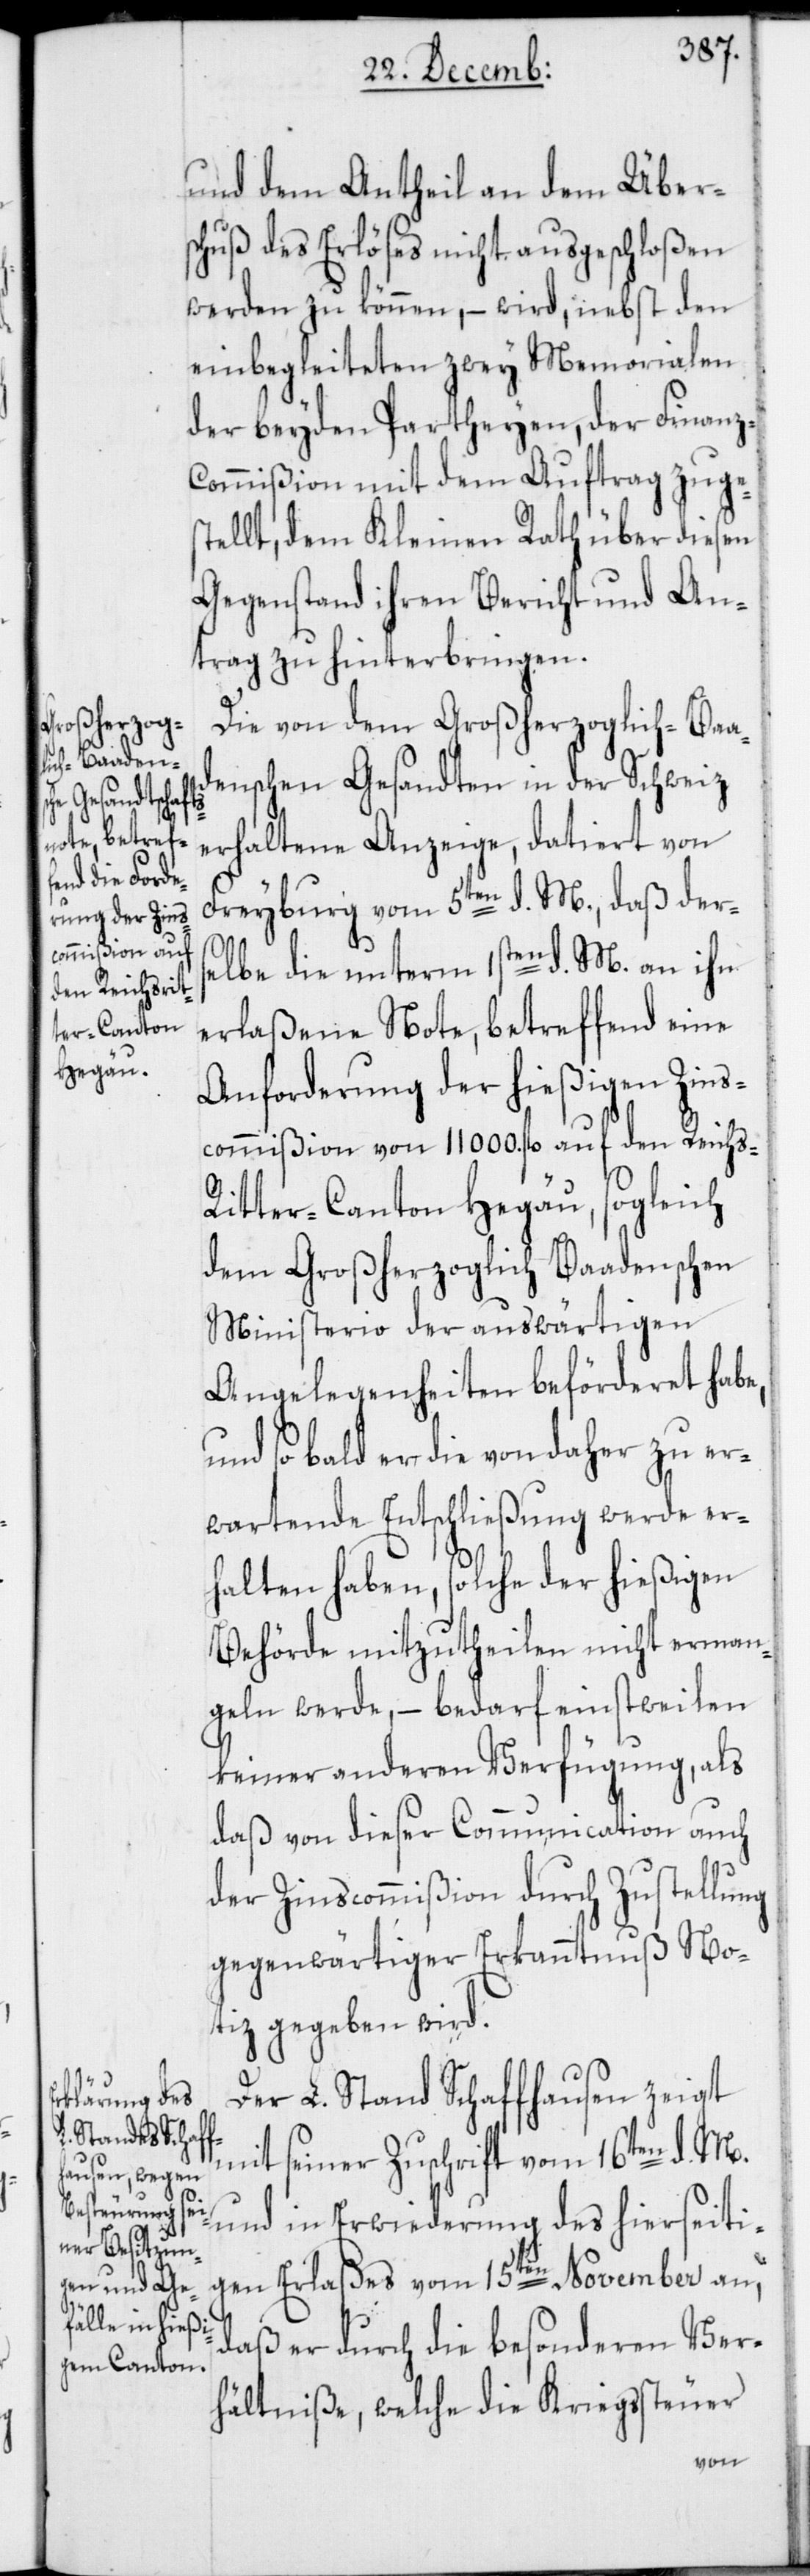
st¬
s-R¬

und dem Antheil an dem Übers¬
chuß des Erlöses nicht ausgeschloßen
werden zu können, – wird, nebst den
einbegleiteten zwey Memorialen
der beyden Partheyen, der Finanz-C¬
ommißion mit dem Auftrag zuge¬
ellt, dem Kleinen Rath über diesen
Gegenstand ihren Bericht und An¬
trag zu hinterbringen.
Die von dem Großherzoglich-Baa¬
denschen Gesandten in der Schweiz
erhaltene Anzeige, datiert von
Freyburg vom 5ten d. M., daß der¬
s¬
elbe die unterm 1sten d. M. an ihn
erlaßene Note, betreffend eine
Anforderung der hießigen Zins¬
commißion von 11 000. fl. auf den Reich¬
itter-Canton Hegäu, sogleich
dem Großherzoglich-Baadenschen
Ministerio der auswärtigen
Angelegenheiten beförderet habe,
und so bald er die von daher zu er¬
wartende Entschließung werde er¬
halten haben, solche der hießigen
Behörde mitzutheilen nicht erman¬
geln werde, – bedarf einstweilen
keiner anderen Verfügung, als
daß von dieser Communication auch
der Zinscommißion durch Zustellung
gegenwärtiger Erkanntnuß No¬
tiz gegeben wird.
Der L. Stand Schaffhausen zeigt
mit seiner Zuschrift vom 16ten d. M.
und in Erwiederung des hierseiti¬
gen Erlaßes vom 15ten November an,
daß er durch die besonderen Ver¬
hältniße, welche die Kriegssteuer